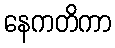
နေကတိကာ